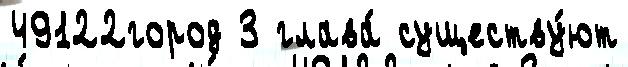
49122город 3 глава́ существу́ют